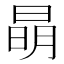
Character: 𣇵